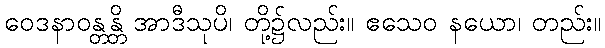
ဝေဒနာဝန္တန္တိ အာဒီသုပိ၊ တို့၌လည်း။ ဧသေဝ နယော၊ တည်း။